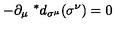
- \partial _ { \mu } \ ^ { * } d _ { \sigma ^ { \mu } } ( \sigma ^ { \nu } ) = 0